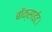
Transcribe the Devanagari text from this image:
बॉक्साईट।